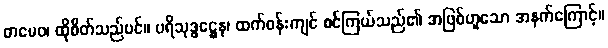
တမေဝ၊ ထိုစိတ်သည်ပင်။ ပရိသုဒ္ဓဋ္ဌေန၊ ထက်ဝန်းကျင် စင်ကြယ်သည်၏ အဖြစ်ဟူသော အနက်ကြောင့်။